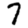
Digit: 7